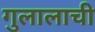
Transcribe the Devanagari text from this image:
गुलालाची